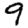
Digit: 9